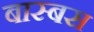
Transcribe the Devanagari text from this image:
बास्बस